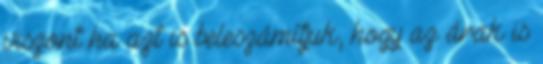
viszont ha azt is beleszámítjuk, hogy az árak is